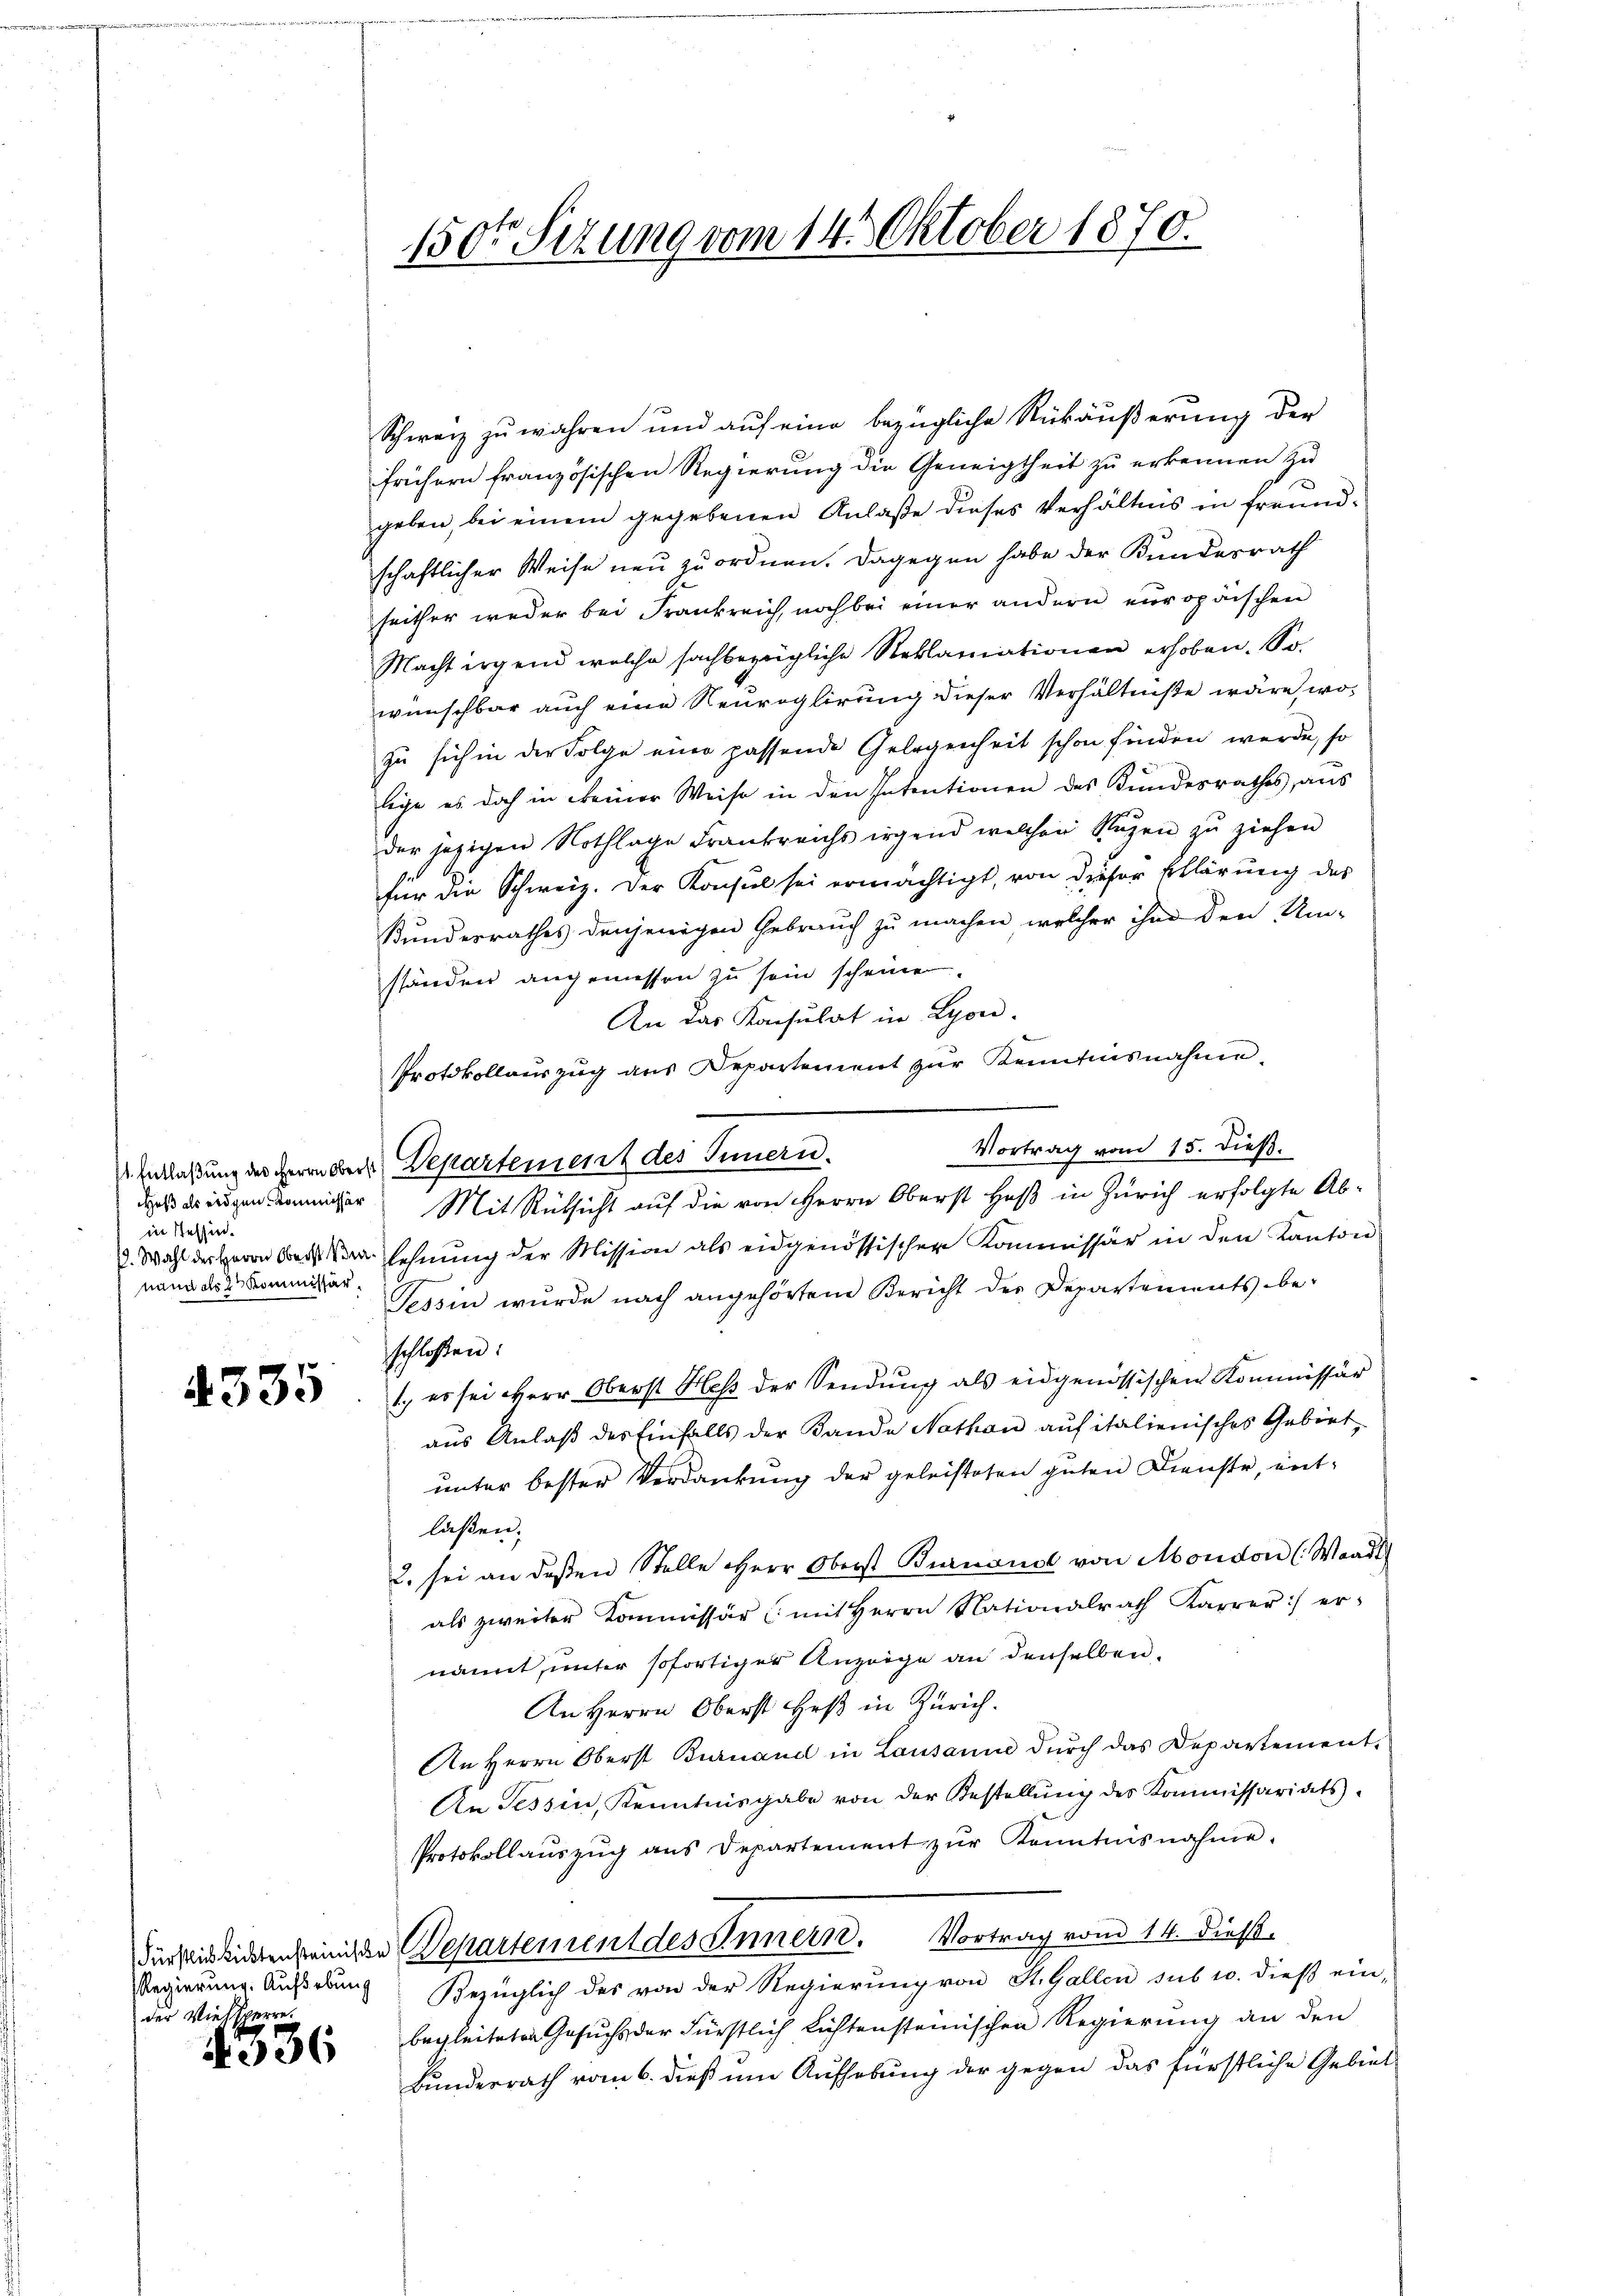
in Tessin.
nand do 28 Kommissär

4335

der Viehsperre

1536

150t Setzung vom 14. Oktober 1870.

Schwarz zu währen und auf eine bezügliche Rückäußerung der
frühern französischen Regierung die Geneigtheit zu erkennen zu
d
geben, bei einem gegebenen Anlaße dieses Verhältnis in freundschaftlicher Weise neu zu ordnen. Dagegen habe der Kundesrath
seither weder bei Frankreich noch bei einer andern europäischen
Macht irgend welche sachbezügliche Reklamationen erhoben. So
wünschbar auch eine Reuroglirung dieser Verhältniße wäre, wozu sich in der Folge eine passende Gelegenheit schon finden werde, so
lege es doch in einer Weise in den Intentionen des Bundesrathes, aus
der jezigen Nothlage Frankreichs irgend welchen Regen zu ziehen
für die Schweiz. Der Konsul sei ermächtigt, von dieser Erklärung des
Kundesrathes denjenigen Gebrauch zu machen, welcher ihm den Um-
ständen angemessen zu sein scheine.
An das Konsulat in Lyon
Protokollauszug aus Departement zur Kenntnisnahme,
Vortrag vom 15. dieß.
 Entlaßung des Herrn der Departement des Innern.
das dringen eiger Mit Rücksicht auf die von Herrn Oberst Heß in Zürich erfolgte Ab¬
2. Wahl der Herrn Belehnŭng der Mission als eidgenössischer Kommissär in den Kanton
Tessin wurde nach angehörtene Bericht des Departements be-
schloßen:
1.) es sei Herr Oberst Heß der Sendung als eidgenössischen Kommissär
aus Anlaß des Einfalls der Bande Nothon auf italienisches Gebiet
unter bester Verdankung der geleisteten guten Dienste, entlaßen.
2. sei an deßen Stelle Herr Oberst Burnoud von Moudon (Waadt
als zweiter Kommissär (mit Herrn Nationalrath Karrer) er-
nannt, unter sofortiger Anzeige an denselben
An Herrn Oberst Heß in Zürich.
An Herrn Oberst Buruand in Lausanne dŭrch das Departement.
An Tessin, Kenntnisgabe von der Bestellŭng des Kommissariats-
Protokollaŭszŭg ans Departement zŭr Kenntnisnahme.
Für sein bieten seinige Departement des Innern. Vortrag vom 14. Dies
Regierung. Außerung Bezüglich des von der Regierŭng von St. Gallen sub 10. dieβ ein-
begleiteten Gesuchs der Fürstlich lichtensteinischen Regierung an den
Bundesrath vom 6. dieß um Aufhebung der gegen das fürstliche Gebiet